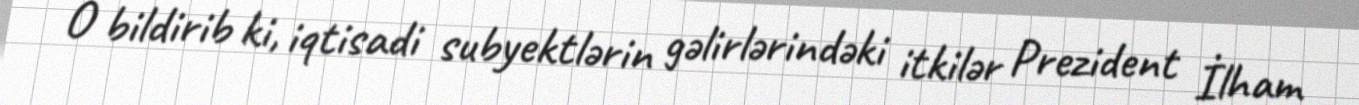
O bildirib ki, iqtisadi subyektlərin gəlirlərindəki itkilər Prezident İlham